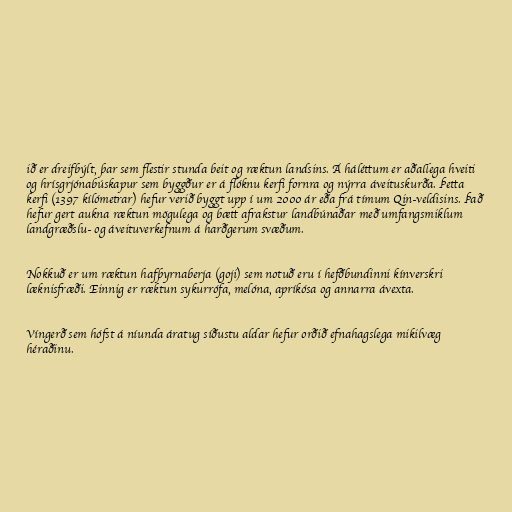
ið er dreifbýlt, þar sem flestir stunda beit og ræktun landsins. Á háléttum er aðallega hveiti
og hrísgrjónabúskapur sem byggður er á flóknu kerfi fornra og nýrra áveituskurða. Þetta
kerfi (1397 kílómetrar) hefur verið byggt upp í um 2000 ár eða frá tímum Qin-veldisins. Það
hefur gert aukna ræktun mögulega og bætt afrakstur landbúnaðar með umfangsmiklum
landgræðslu- og áveituverkefnum á harðgerum svæðum.

Nokkuð er um ræktun hafþyrnaberja (goji) sem notuð eru í hefðbundinni kínverskri
læknisfræði. Einnig er ræktun sykurrófa, melóna, apríkósa og annarra ávexta.

Víngerð sem hófst á níunda áratug síðustu aldar hefur orðið efnahagslega mikilvæg
héraðinu.